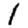
Digit: 1